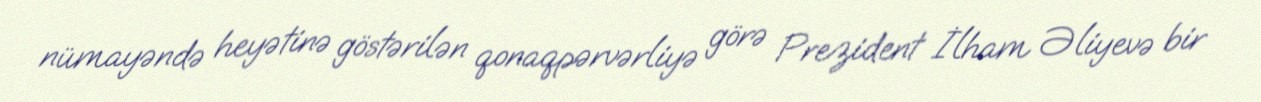
nümayəndə heyətinə göstərilən qonaqpərvərliyə görə Prezident İlham Əliyevə bir